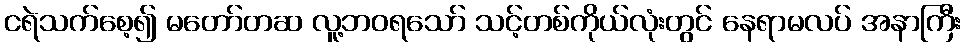
ငရဲသက်စေ့၍ မတော်တဆ လူ့ဘဝရသော် သင့်တစ်ကိုယ်လုံးတွင် နေရာမလပ် အနာကြီး